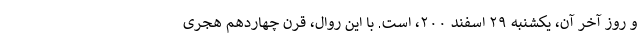
و روز آخر آن، یکشنبه ۲۹ اسفند ۲۰۰، است. با این روال، قرن چهاردهم هجری